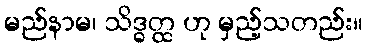
မည်နာမ၊ သိဒ္ဓတ္ထ ဟု မှည့်သတည်း။